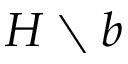
H \setminus b